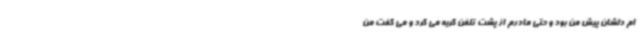
ام دلشان پیش من بود و حتی مادرم از پشت تلفن گریه می کرد و می گفت من